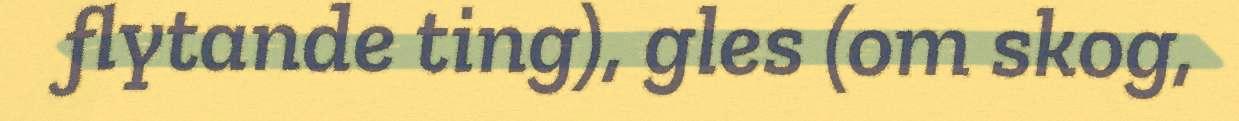
flytande ting), gles (om skog,